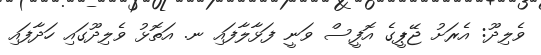
ވެލިދޫ: އެރަށު ޖޭޕީގެ އޮފީސް ވަނީ ފަޅާލާފައި ނ. އަތޮޅު ވެލިދޫގައި ހަދާފައި